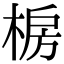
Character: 椖